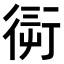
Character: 𧗭